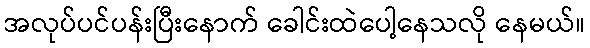
အလုပ်ပင်ပန်းပြီးနောက် ခေါင်းထဲပေါ့နေသလို နေမယ်။